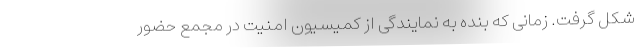
شکل گرفت. زمانی که بنده به نمایندگی از کمیسیون امنیت در مجمع حضور